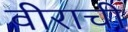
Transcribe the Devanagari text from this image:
वीराची